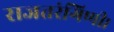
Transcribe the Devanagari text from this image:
राजतरंगिणी।